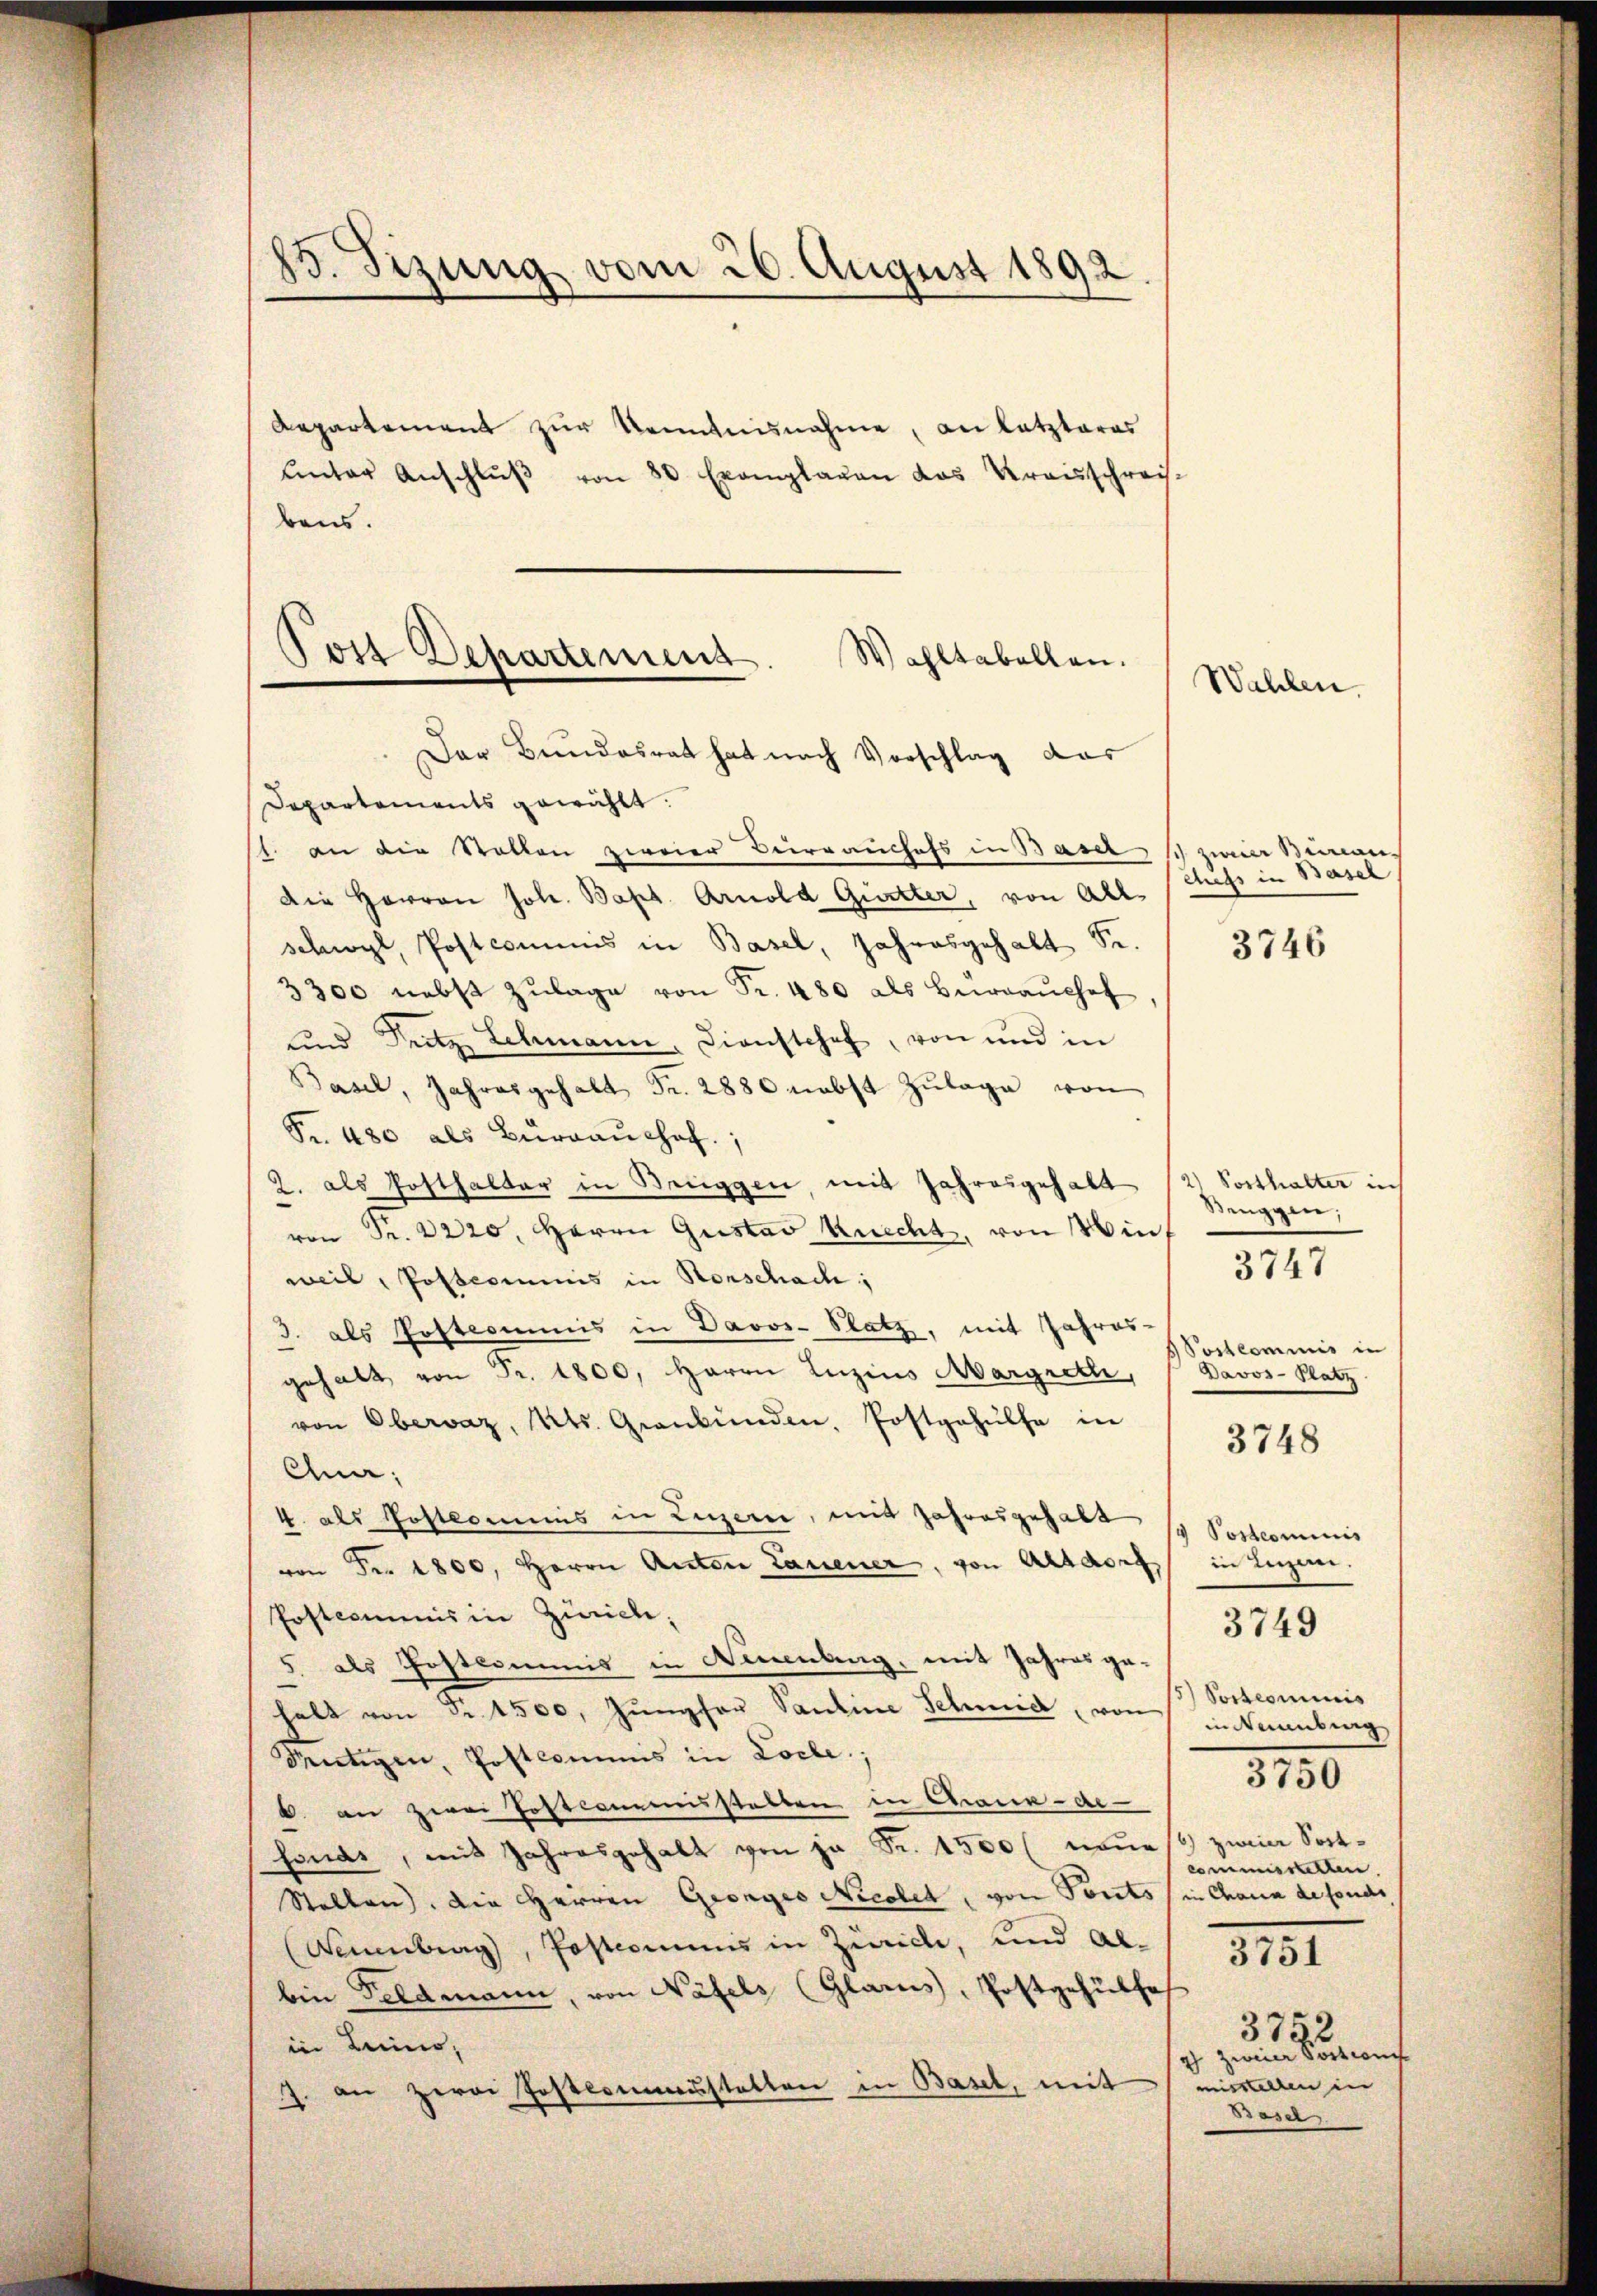
15. Sizung vom 26. August 1892

Repartement zur Kenntnisnahme, an letzteres
ŭnter Anschlŭβ von 80 Exemplaren das Kreisschrei-
bens.
Departements gewählt:
1. an die Stellen zweier Verrauchefs in Basel, 1 zum Sinan¬
Die Herren Joh. Bapt. Arnold Gitter, von All-
Schwyl, Postcommis in Basel, Jahresgehalt Se.
3300 nebst Zŭlage von Fr. 480 als Büreaŭchof
und Fritz Schmann, Dienstchef, von und in
Basel, Jahresgehalt Fr. 2880 nebst Zŭlage von
Fr. 480 als Bŭrgaŭshof,
2. als Posthalter in Renggen, mit Jahresgehalt 12 Posthalter in
von Fr. 2220, Herrn Gustav Knecht, von inf
weil, Postcommis in Rorschach;
3. als Postcommis in Davos- Platz, mit Jahres-
gehalt von Fr. 1800, Herrn Luzius Margreth, Davos- Platz.
von Obervaz, Kts. Graubünden, Postgehülfe in 3748
Gna;
4. als Postkommis in Luzern, mit Jahresgehalt so Postcommis
von Fr. 1800, Herrn Anton Lauener, von Altdorf, in Luzen.
Postcommis in Zürich,
5. als Postkommis in Neuenburg, mit Jahres ge-
hält von Nr. 1500. Jungfer Pauline Schmid, von in Naumbung
Seŭtigen, Postcommis in Loche.
6. an zwei Postcommisstellen in Chaux-de-
fonds, mit Jahresgehalt von ja Fr. 1500 (none so zweier Sort¬
Stallen. Die Herren Geonges Nicolet, von Ports in Chaux de fonds
(Sanenberg, Posteriums in Zürich, und Albin Feldmann, von Näfels (Glarus, Postgehülfe
in Leimo,
7. an Herr Posterneustatten in Basel, mit

Post Departemens
Wahltabellen.
Der Bundesrat hat nach Vorschlag das

Wahlen

chefs in Basel

3746

Seuggen;

3747

Postcommis in

3749

5) Postcommis
commisstatten

3150

3151

375.
4 zweier dortion
misstellen in
Basel